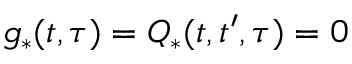
g _ { * } ( t , \tau ) = Q _ { * } ( t , t ^ { \prime } , \tau ) = 0